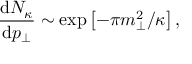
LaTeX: \frac { \mathrm { d } N _ { \kappa } } { \mathrm { d } p _ { \perp } } \sim \mathrm { e x p } \left[ - \pi m _ { \perp } ^ { 2 } / \kappa \right] ,